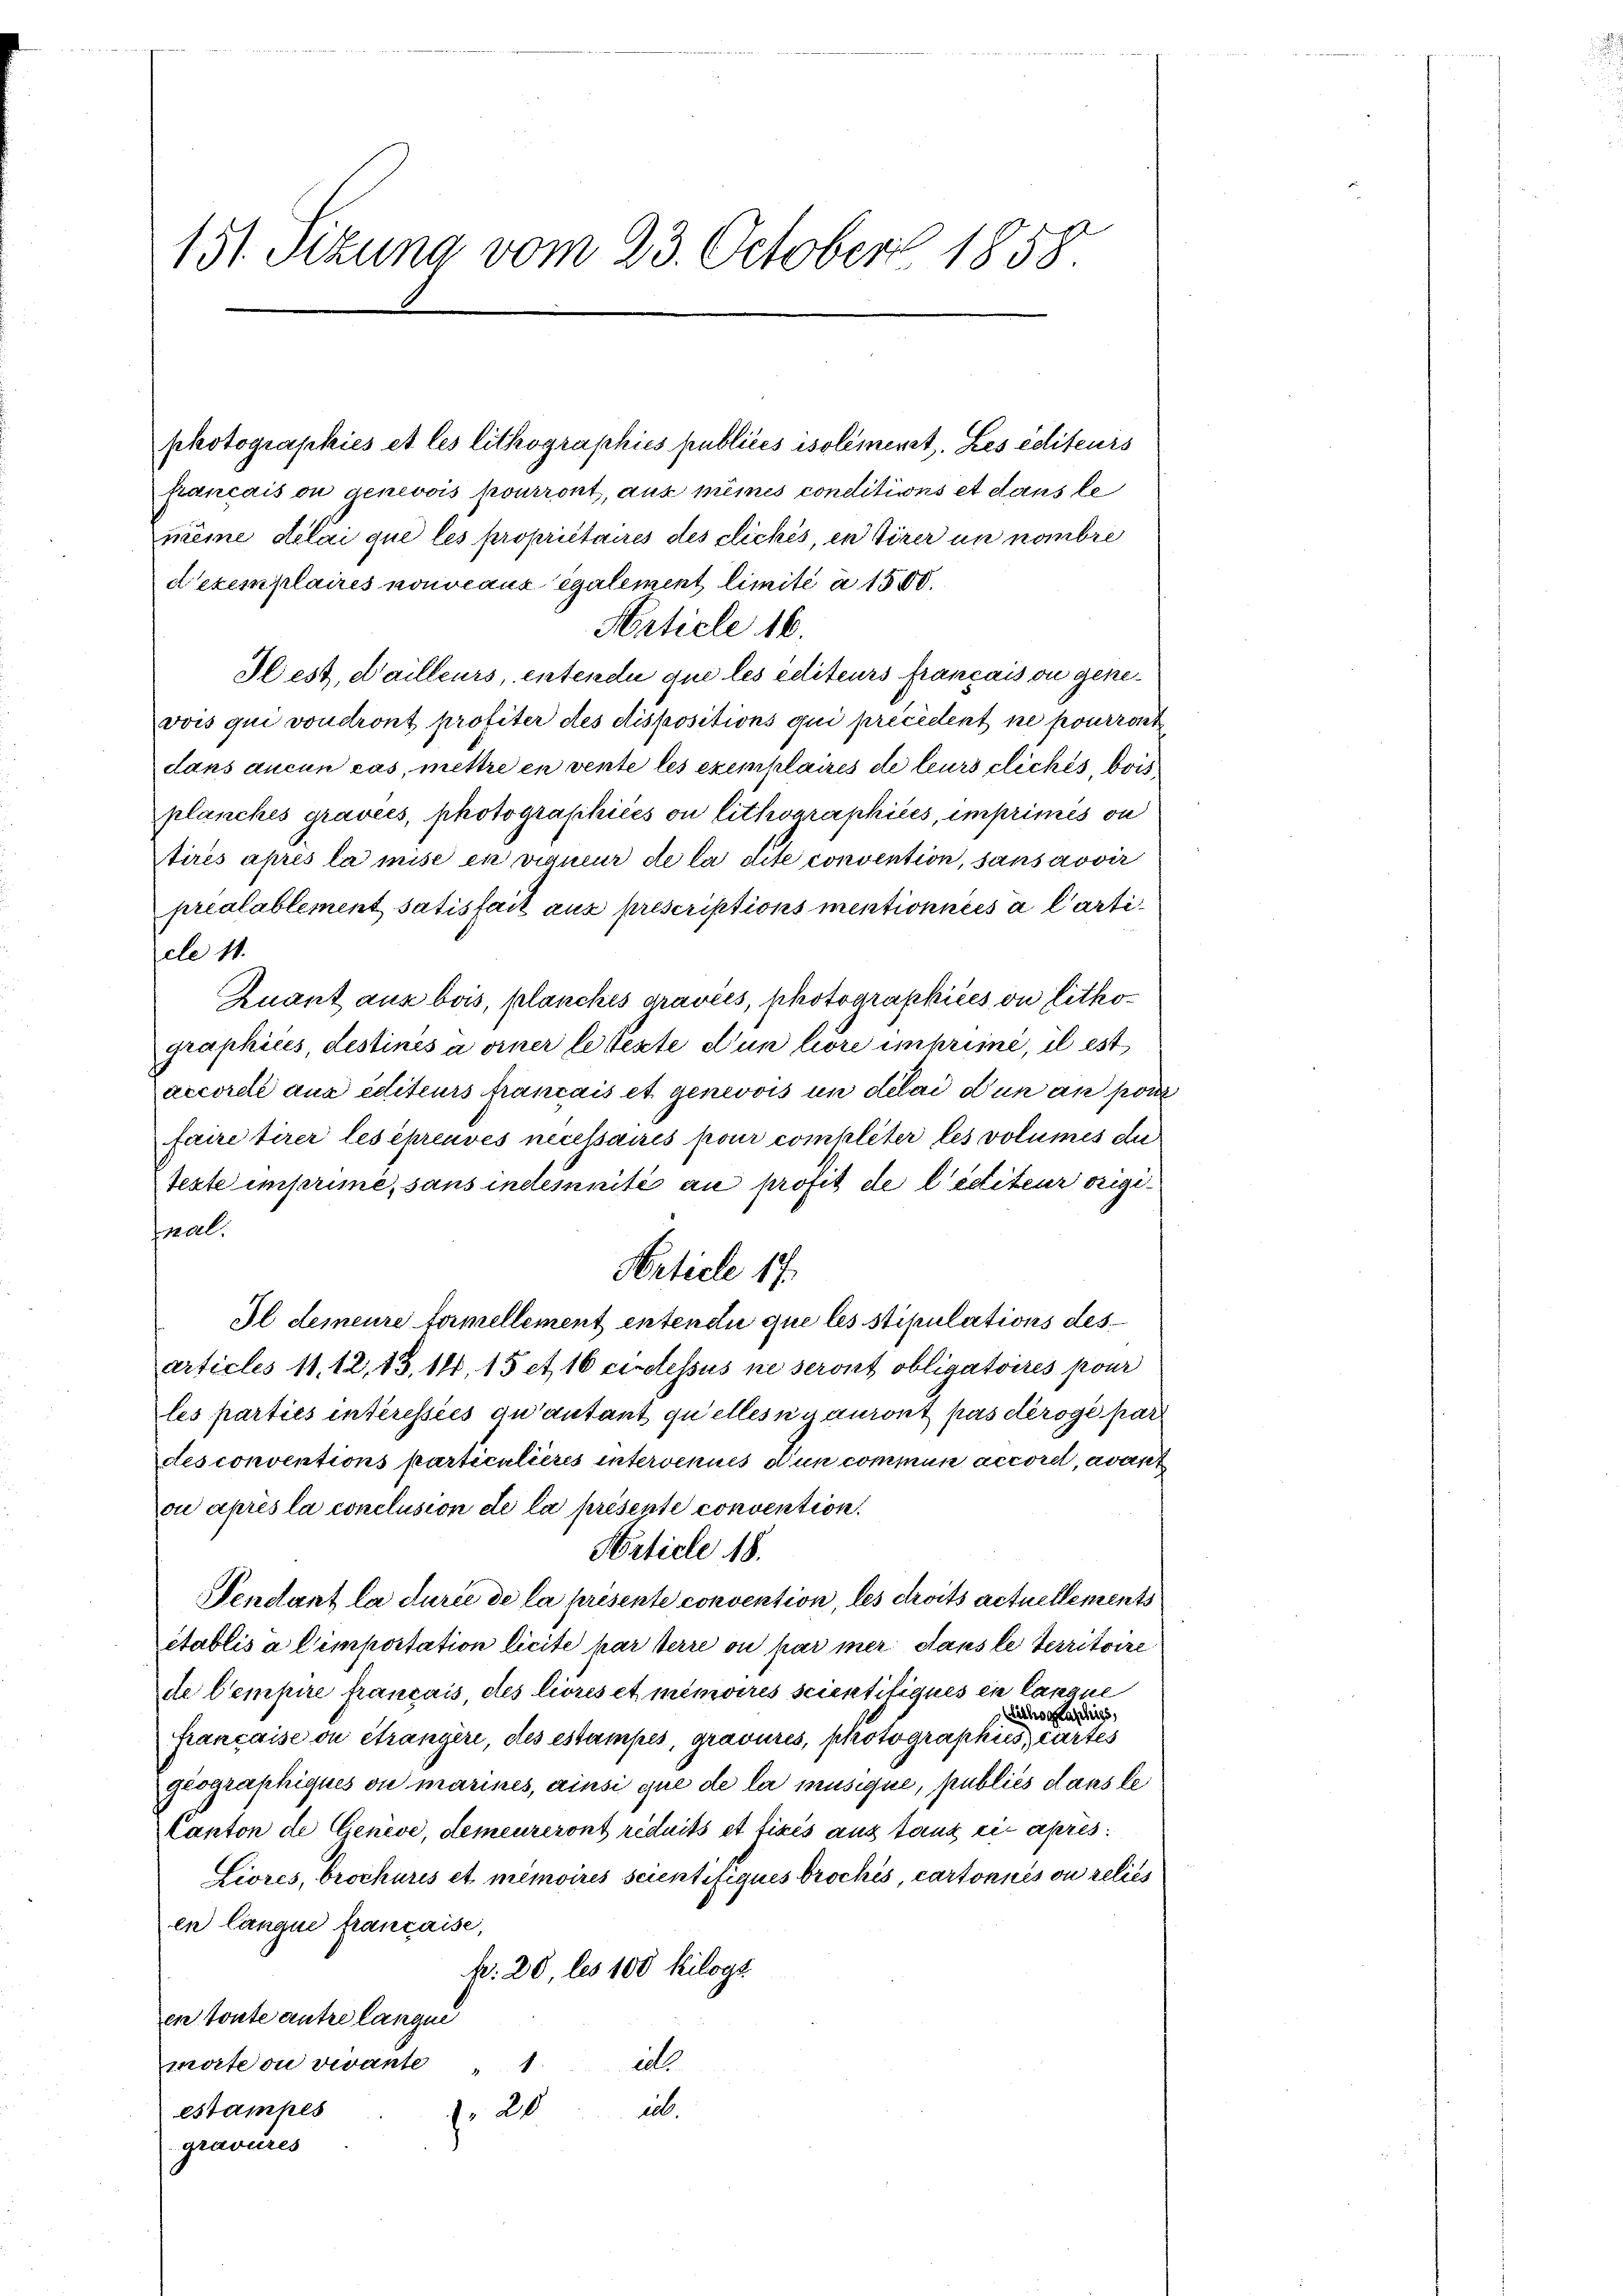
151. Sitzung vom 23. October 1858.

photographies et les lithographies publices isolement. Les éditeurs
français ou genevois pourront, aux mêmes conditions et dans le
même délai que les propriétaires des clickes, en tirer un nombre
Dexemplaires nouveaux également limité a 1500.
Article 16.
Glest, d’ailleurs, entende que les éditeurs français ou genevois qui voudront profiter des dispositions qui précédent ne pourront
dans aucun cas, mettre in vente les exemplaires de leurs cliches, beis
planches gravées, photographicés ou lithographiées, imprimes on
tirés après la mise en vigneur de la dite convention, sansarovir
préalablement satisfait aus prescriptions mentionnées à l’article 11.
Zuant aus bois, planches gravées, photographices on lithographiles, destinés a einer le texte d’un höre imprimé, il est
accordé aux éditeurs francais et genevois un délai d’un an pour
faire tirer les épreuves necessaires pour compliter, les volumes die
texte imprime, sans inclemnité au profit de l’éditeur origimal.
Il demeure termellement entendii que les stipulations des
articles 11. 12, 13, 14, 15 et 16 ecclessus ne seront obligatoires pour
les parties interessées qu’autant quellesii auront pas déroge par
des conventions particulieres intervenues d’un commun accoret, avant
ou après la conclusion de la présente convention.
Article 18.
Vendant la durée de la présente convention, les droits actuellements
établis a Cimportation licite par terre ou par mer dans le territoire
de Cempire français, des livrés et minoires scientifigues en lanane
Lithographis
française ou étrangère, des estampes, gravures, photographies, cartes
geographiques ou marines, ainsi que de la musique, publiés dans le
Canton de Genève, demeureront réduits et fixés aus tanz ein apres
Liores, brochuris et mémoires scientifigues brochés, cartonnés ou relies
en langue française,
p. 20, les 100 Kilogs
en toute antre langue
mote ou vivante
12
in.
estampes
f. 20
gravures

Article 17